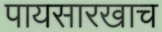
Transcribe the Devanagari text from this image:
पायसारखाच